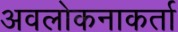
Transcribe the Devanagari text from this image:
अवलोकनाकर्ता